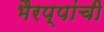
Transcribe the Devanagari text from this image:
भैरप्पांची